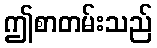
ဤစာတမ်းသည်